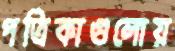
পত্রিকাগুলোয়